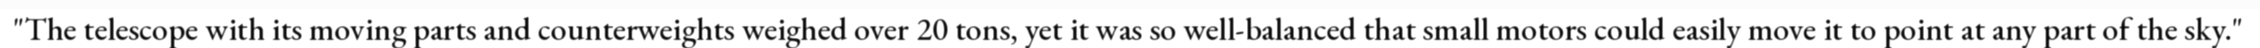
"The telescope with its moving parts and counterweights weighed over 20 tons, yet it was so well-balanced that small motors could easily move it to point at any part of the sky."